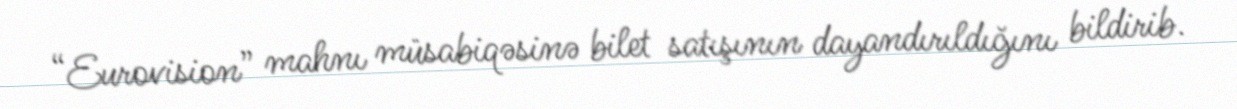
“Eurovision” mahnı müsabiqəsinə bilet satışının dayandırıldığını bildirib.